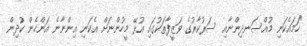
"ހަމައެކަނި މުއްސަނދިންނާއި ސަރުކާޜުގެ ވަޒީފާތަކުގައި އުޅޭ މީހުންނަށް އެކަނި އިންނާނެ އަންހެން ކުދިން